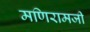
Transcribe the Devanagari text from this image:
मणिरामजी